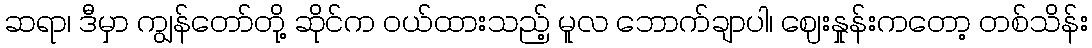
ဆရာ၊ ဒီမှာ ကျွန်တော်တို့ ဆိုင်က ဝယ်ထားသည့် မူလ ဘောက်ချာပါ၊ ဈေးနှုန်းကတော့ တစ်သိန်း